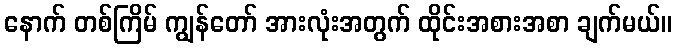
နောက် တစ်ကြိမ် ကျွန်တော် အားလုံးအတွက် ထိုင်းအစားအစာ ချက်မယ်။